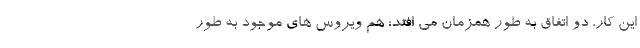
این کار، دو اتفاق به طور همزمان می افتد: هم ویروس های موجود به طور